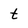
Character: t